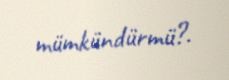
mümkündürmü?.